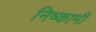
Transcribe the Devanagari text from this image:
निष्कामी